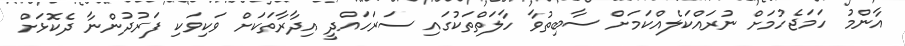
އާންމު ހަމަޖެހުމަށް ނުރައްކަލެއްކަމަށް ސާބިތުވާ ހާލަތްތަކުގައި ސަރަހައްދީ އިދާރާތަކަށް ވަކިވަކި ފަރުދުންނާ ދެކޮޅަށް